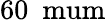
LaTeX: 60~\mathrm{\ mum}